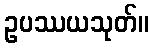
ဥပဿယသုတ်။